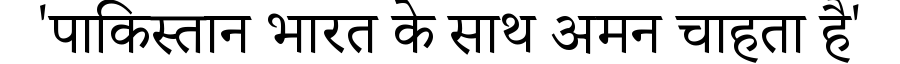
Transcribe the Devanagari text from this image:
'पाकिस्तान भारत के साथ अमन चाहता है'